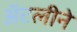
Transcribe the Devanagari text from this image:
अॅटलीने